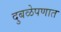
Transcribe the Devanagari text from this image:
दुबळेपणात